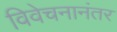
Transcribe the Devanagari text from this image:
विवेचनानंतर